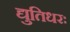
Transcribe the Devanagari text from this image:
द्युतिधरः